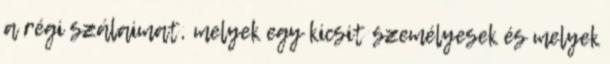
a régi szálaimat, melyek egy kicsit személyesek és melyek